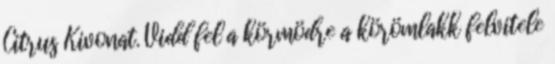
Citrus Kivonat. Vidd fel a körmödre a körömlakk felvitele